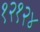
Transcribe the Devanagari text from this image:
१२१२४